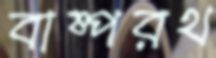
বাষ্পরথ